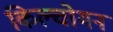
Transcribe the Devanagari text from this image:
किल्चोमन